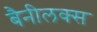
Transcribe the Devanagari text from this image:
बैनीलक्स